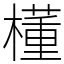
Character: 㯵